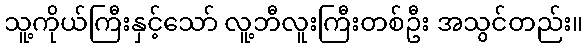
သူ့ကိုယ်ကြီးနှင့်သော် လူ့ဘီလူးကြီးတစ်ဦး အသွင်တည်း။